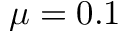
\mu = 0 . 1